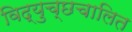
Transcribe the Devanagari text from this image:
विद्युच्छचालित